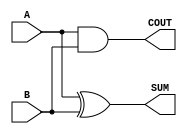
module Parameterized_Half_Adder #(
    parameter WIDTH = 1  // Default value for WIDTH
)(
    input  [WIDTH-1:0] A,  // First operand
    input  [WIDTH-1:0] B,  // Second operand
    output [WIDTH-1:0] SUM, // Sum output
    output COUT             // Carry-out
);

    // Generate the SUM output using bitwise XOR
    assign SUM = A ^ B;

    // Generate the COUT output using bitwise AND
    assign COUT = |(A & B);  // Logical OR across all bitwise AND results

endmodule